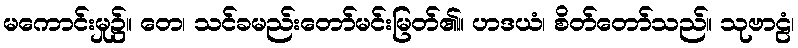
မကောင်းမှု၌။ တေ၊ သင်ခမည်းတော်မင်းမြတ်၏။ ဟဒယံ၊ စိတ်တော်သည်။ သုဗာဠံ၊